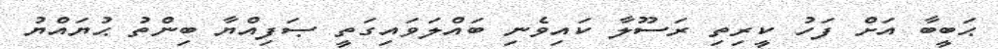
ޙަބީބާ އަށް ފަހު ކީރިތި ރަސޫލާ ކައިވެނި ބައްލަވައިގަތީ ޞަފިއްޔާ ބިންތު ޙުޔައްޔު